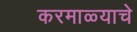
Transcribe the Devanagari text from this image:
करमाळ्याचे